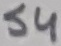
Text: S4